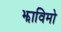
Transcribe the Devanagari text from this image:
झाविमो